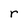
Character: r